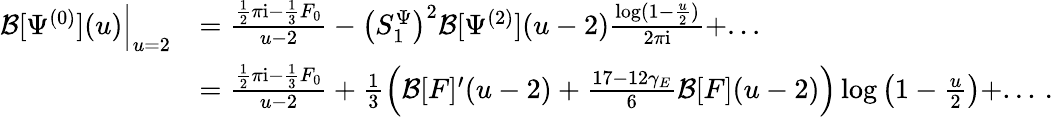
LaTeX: \begin{array}{rl}{\mathcal{B}[\Psi^{(0)}](u)\Big|_{u=2}}&{=\frac{\frac 12\pi\mathrm{i}-\frac 13F_{0}}{u-2}-\left(S_{1}^{\Psi}\right)^{2}\mathcal{B}[\Psi^{(2)}](u-2)\frac{\log(1-\frac{u}{2})}{2\pi\mathrm{i}}+...}\\ &{=\frac{\frac 12\pi\mathrm{i}-\frac 13F_{0}}{u-2}+\frac{1}{3}\left(\mathcal{B}[F]^{\prime}(u-2)+\frac{17-12\gamma_{E}}{6}\mathcal{B}[F](u-2)\right)\log\left(1-\frac{u}{2}\right)+...\, .}\end{array}